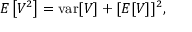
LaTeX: E \left[ V ^ { 2 } \right] = \operatorname { v a r } [ V ] + [ E [ V ] ] ^ { 2 } ,